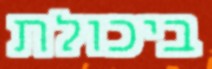
ביכולת